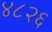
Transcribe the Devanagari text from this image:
४८२६